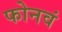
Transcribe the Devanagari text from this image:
फोनवं